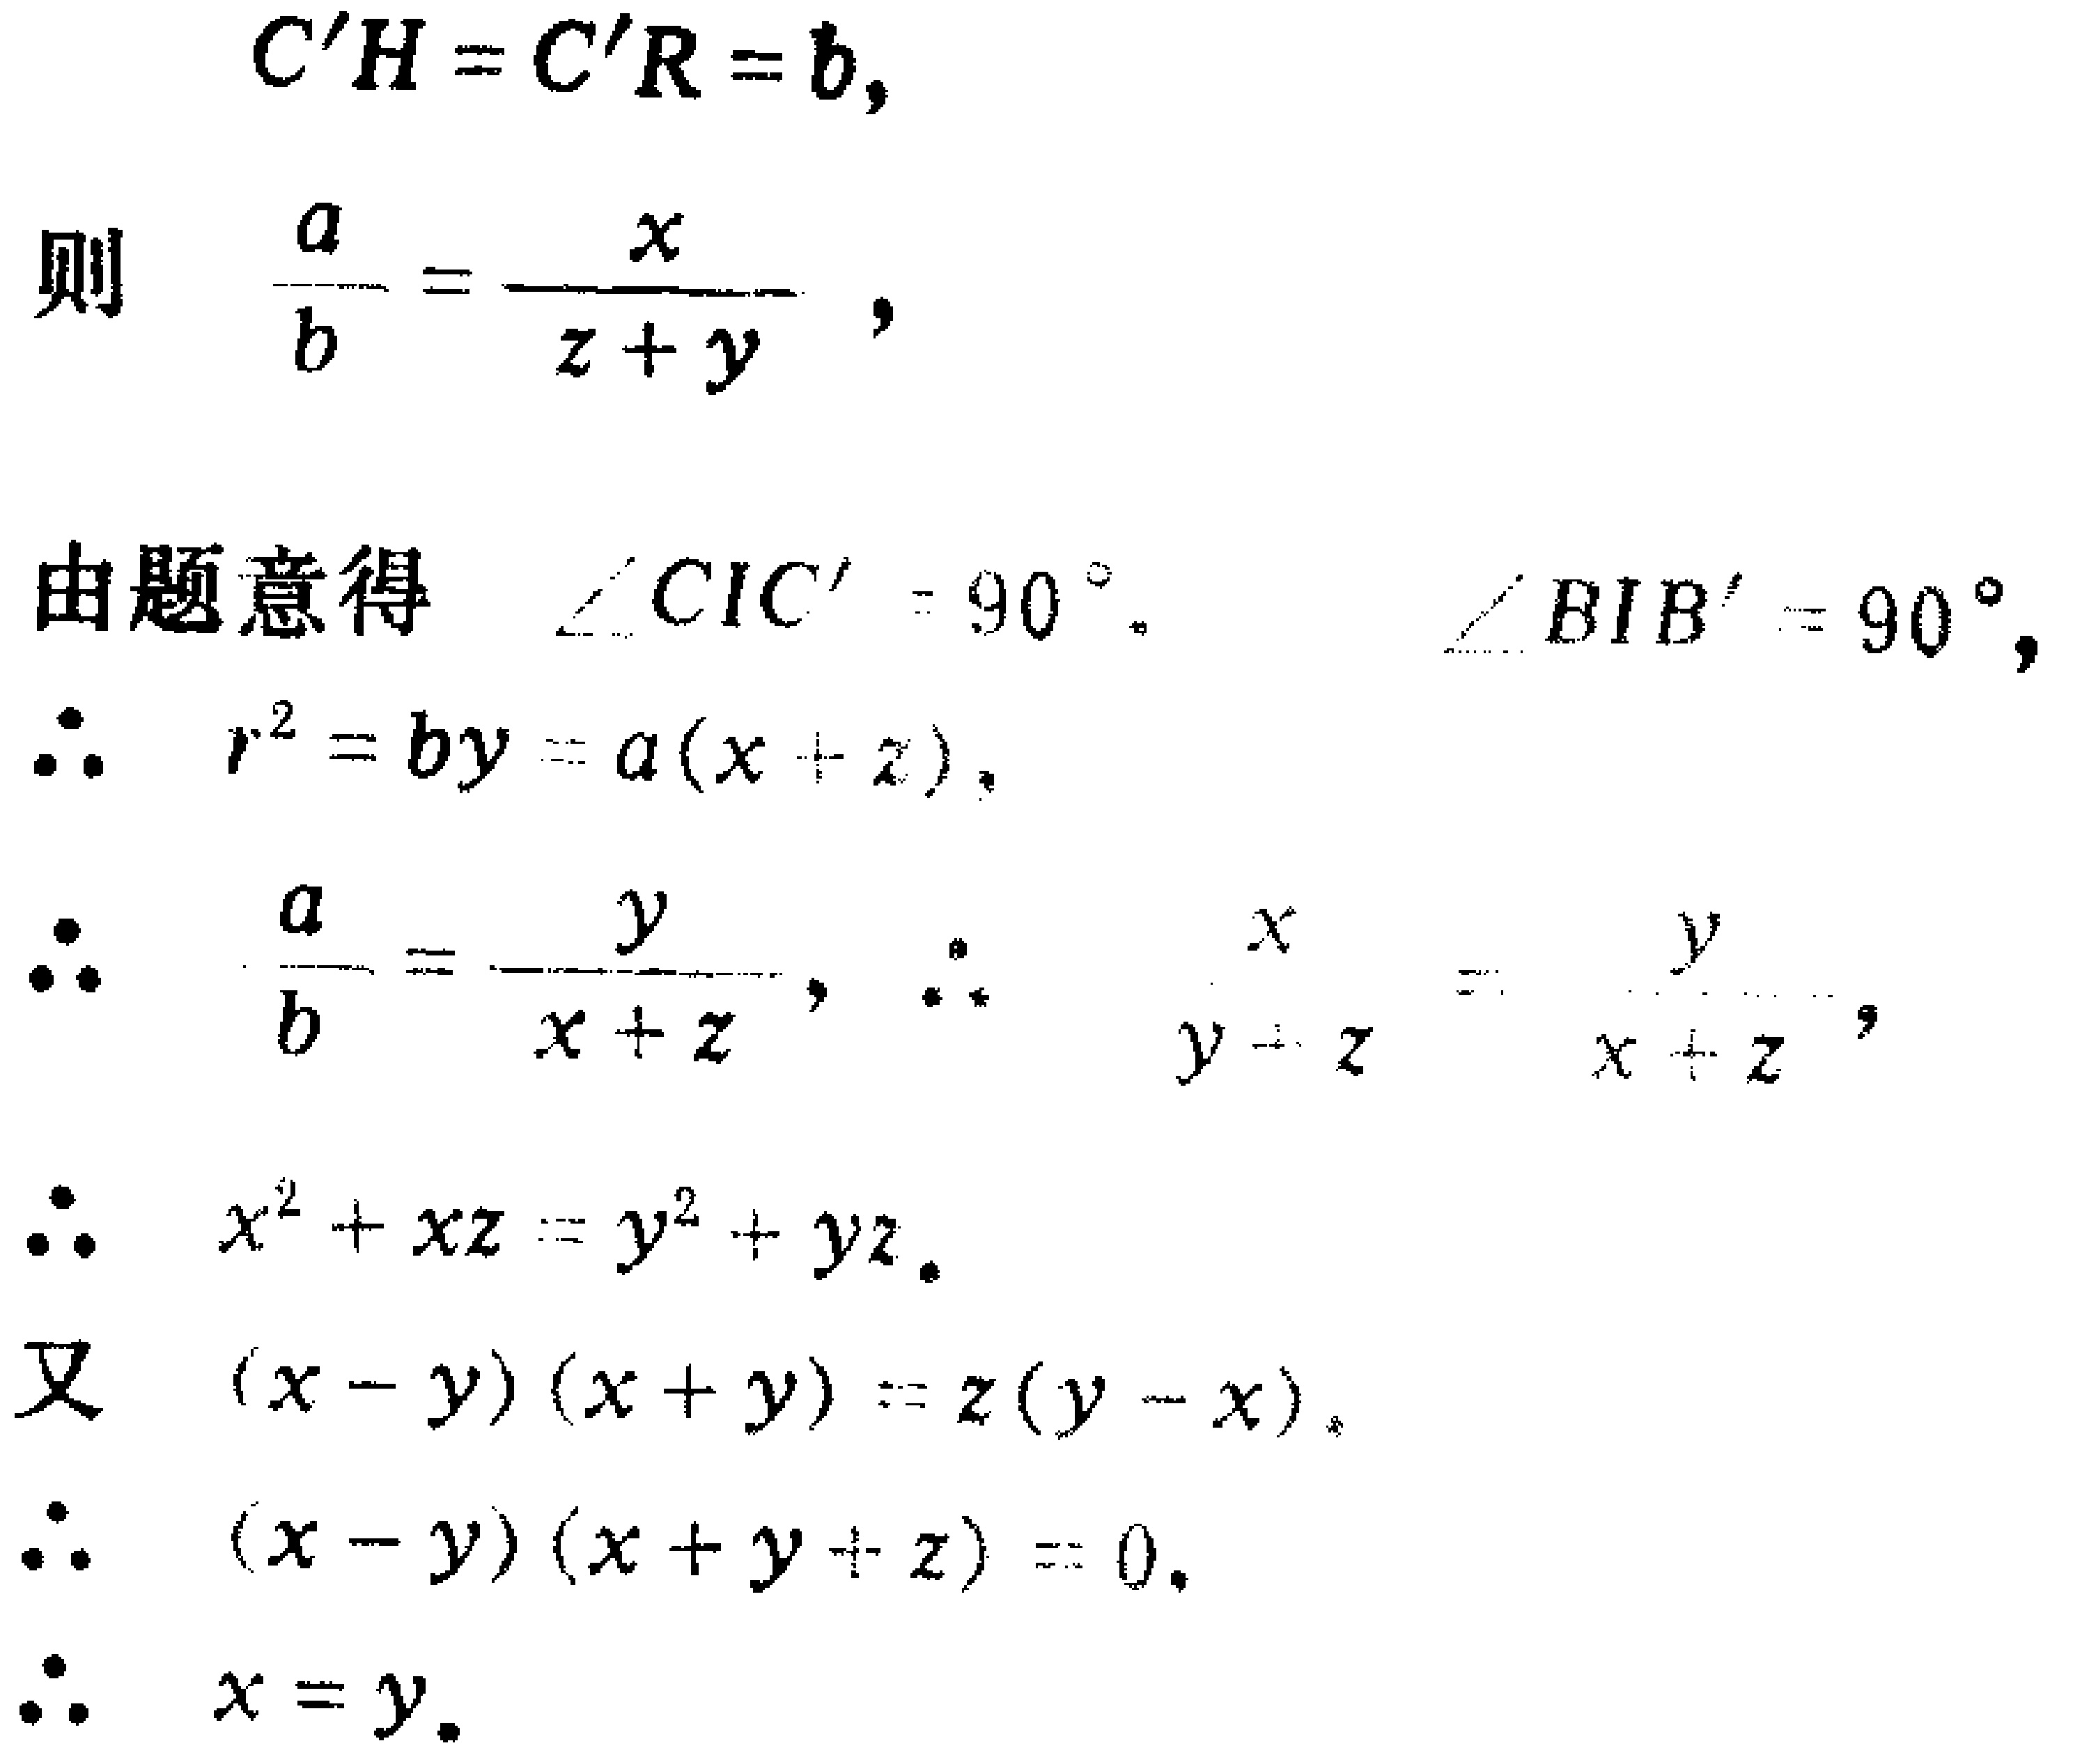
\[
\begin{align*}
C'H = C'R = b,\\
\text{则}\quad \frac{a}{b}=\frac{x}{z + y},\\
\text{由题意得}\quad \angle CIC' = 90^{\circ}.\quad \angle BIB' = 90^{\circ},\\
\therefore\quad r^{2}=by = a(x + z),\\
\therefore\quad \frac{a}{b}=\frac{y}{x + z},\quad \therefore\quad \frac{x}{y + z}=\frac{y}{x + z},\\
\therefore\quad x^{2}+xz = y^{2}+yz.\\
\text{又}\quad (x - y)(x + y)=z(y - x),\\
\therefore\quad (x - y)(x + y + z)=0,\\
\therefore\quad x = y.
\end{align*}
\]